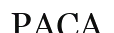
РАСА